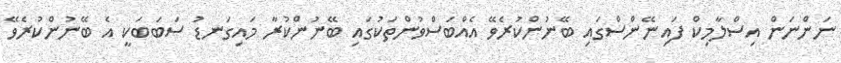
ނަންނަން އިސްލާމިކް ފައިނޭންސްގައި ބޭނުންކުރެވޭ އެއްބަސްވުންތަކުގައި ބޭނުންކުރާ މައިގަނޑު ސަބަބަކީ އެ ބޭނުންކުރެވޭ